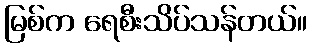
မြစ်က ရေစီးသိပ်သန်တယ်။